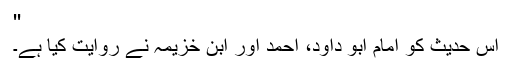
''
اِس حدیث کو امام ابو داود، احمد اور ابن خزیمہ نے روایت کیا ہے۔